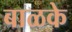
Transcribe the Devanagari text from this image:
बाळके